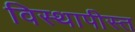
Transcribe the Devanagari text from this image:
विस्थापीस्त